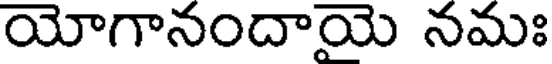
యోగానందాయె నమః